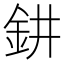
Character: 𨥙